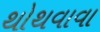
થોથવાવા